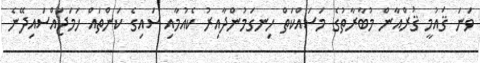
ވަނަ ޤައުމީ ޤުރްއާން މުބާރާތުގެ މަސައްކަތް ހިނގަމުންދާއިރު ކެއުމާއި ސައިގެ ކަންތައް ހަމަޖައްސައިދޭނެ